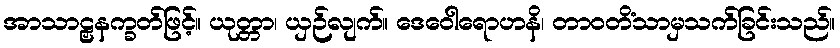
အာသာဠှနက္ခတ်ဖြင့်။ ယုတ္တာ၊ ယှဉ်လျက်။ ဒေဝေါရောဟနိ၊ တာဝတိံသာမှသက်ခြင်းသည်။